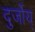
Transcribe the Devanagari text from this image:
दुर्जोय्